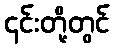
၎င်းတို့တွင်